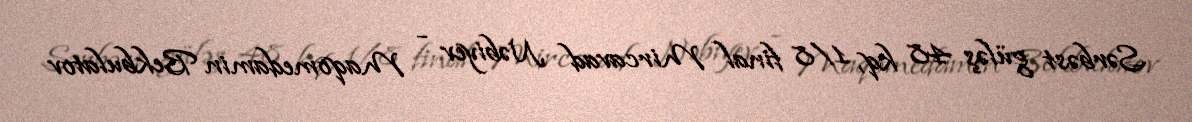
Sərbəst güləş 48 kq, 1/8 final Mircavad Nəbiyev - Maqomedamin Bekbulatov